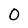
Character: O